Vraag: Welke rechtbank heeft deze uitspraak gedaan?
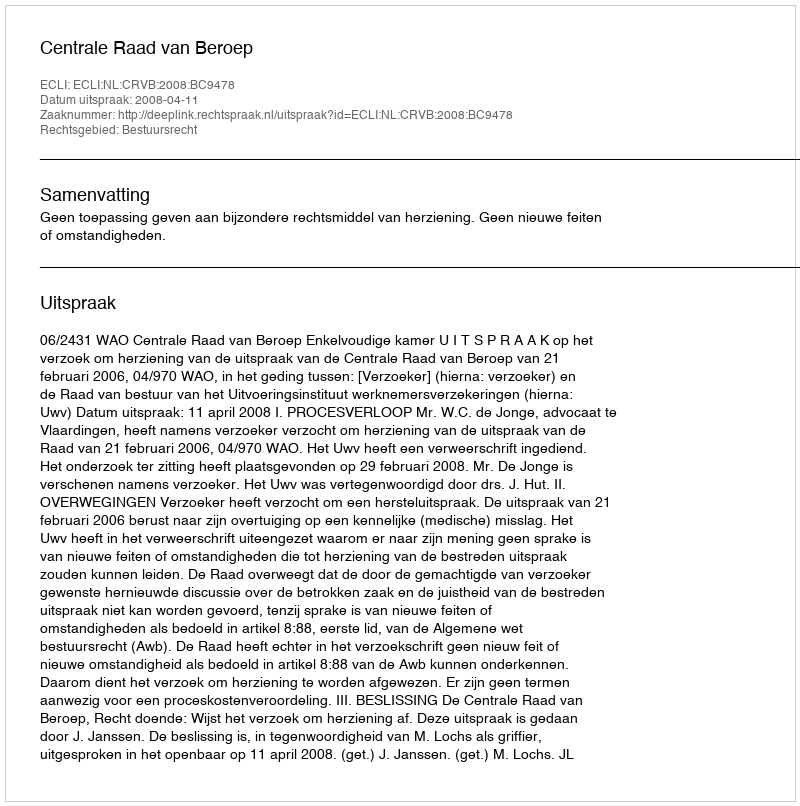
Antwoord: Centrale Raad van Beroep